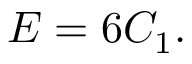
E = 6 C _ { 1 } .